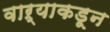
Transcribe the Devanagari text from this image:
वाऱ्याकडून